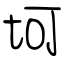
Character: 坷